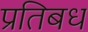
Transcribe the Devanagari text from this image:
प्रतिबध